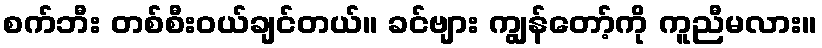
စက်ဘီး တစ်စီးဝယ်ချင်တယ်။ ခင်ဗျား ကျွန်တော့်ကို ကူညီမလား။